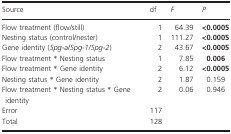
<table><thead><tr><td><b>Source</b></td><td><b>df</b></td><td><b><i>F</i></b></td><td><b><i>P</i></b></td></tr></thead><tbody><tr><td>Flow treatment (flow/still)</td><td>1</td><td>64.39</td><td><b>&lt;0.0005</b></td></tr><tr><td>Nesting status (control/nester)</td><td>1</td><td>111.27</td><td><b>&lt;0.0005</b></td></tr><tr><td>Gene identity (<i>Spg-a</i>/<i>Spg-1</i>/<i>Spg-2</i>)</td><td>2</td><td>43.67</td><td><b>&lt;0.0005</b></td></tr><tr><td>Flow treatment * Nesting status</td><td>1</td><td>7.85</td><td><b>0.006</b></td></tr><tr><td>Flow treatment * Gene identity</td><td>2</td><td>6.12</td><td><b>&lt;0.0005</b></td></tr><tr><td>Nesting status * Gene identity</td><td>2</td><td>1.87</td><td>0.159</td></tr><tr><td>Flow treatment * Nesting status * Gene identity</td><td>2</td><td>0.06</td><td>0.946</td></tr><tr><td>Error</td><td>117</td><td></td><td></td></tr><tr><td>Total</td><td>128</td><td></td><td></td></tr></tbody></table>